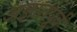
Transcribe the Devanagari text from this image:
अज्ञातपूर्व